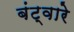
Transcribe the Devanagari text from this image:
बंट्वारे